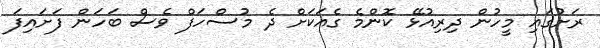
ރަށުގައި މީހުން ދިރިއުޅޭ ކޮންމެ ގެއަކަށް ދެ މުސްހަފް ވެސް ބަހަން ފަށައިފަ